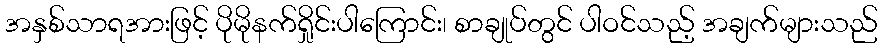
အနှစ်သာရအားဖြင့် ပိုမိုနက်ရှိုင်းပါကြောင်း၊ စာချုပ်တွင် ပါဝင်သည့် အချက်များသည်